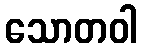
သောတဝါ